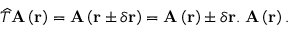
\widehat { T } \mathbf { A } \left( \mathbf { r } \right) = \mathbf { A } \left( \mathbf { r } \pm \delta \mathbf { r } \right) = \mathbf { A } \left( \mathbf { r } \right) \pm \delta \mathbf { r . \nabla A } \left( \mathbf { r } \right) .